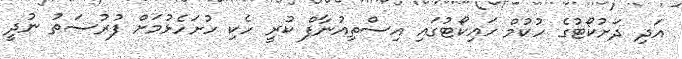
އަދި ދަށުކޯޓުގެ ހުކުމް ހައިކޯޓުގައި އިސްތިއުނާފް ކުރީ ހެކި ހުށަހެޅުމަށް ފުރުސަތު ނުދީ